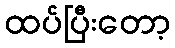
ထပ်ပြီးတော့